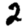
Digit: 2